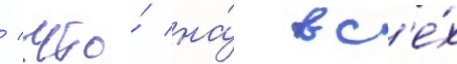
/ что́ на́ вс'е́х